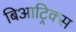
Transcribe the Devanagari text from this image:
बिआट्रिक्स